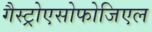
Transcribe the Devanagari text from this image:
गैस्ट्रोएसोफोजिएल